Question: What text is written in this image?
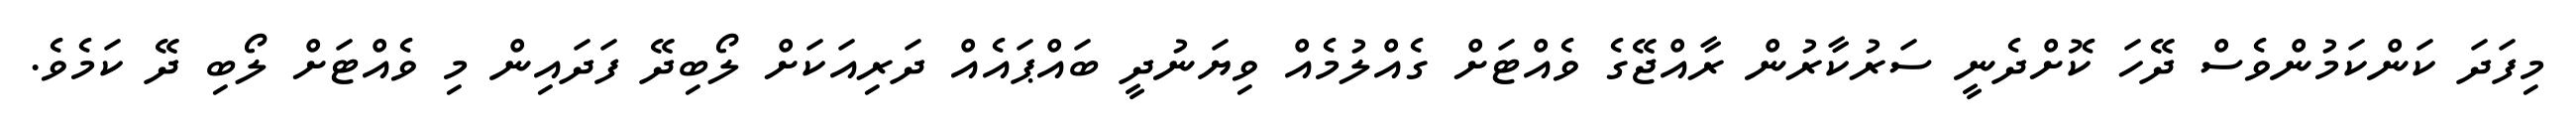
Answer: މިފަދަ ކަންކަމުންވެސް ދޭހަ ކޮށްދެނީ ސަރުކާރުން ރާއްޖޭގެ ވެއްޓަށް ގެއްލުމެއް ވިޔަނުދީ ބައްޕައެއް ދަރިއަކަށް ލޯބިދޭ ފަދައިން މި ވެއްޓަށް ލޯބި ދޭ ކަމެވެ.